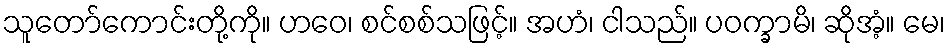
သူတော်ကောင်းတို့ကို။ ဟဝေ၊ စင်စစ်သဖြင့်။ အဟံ၊ ငါသည်။ ပဝက္ခာမိ၊ ဆိုအံ့။ မေ၊